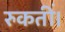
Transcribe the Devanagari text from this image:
रुकतीं।